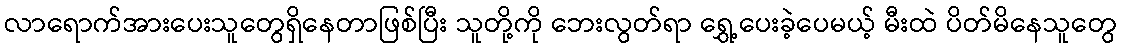
လာရောက်အားပေးသူတွေရှိနေတာဖြစ်ပြီး သူတို့ကို ဘေးလွတ်ရာ ရွှေ့ပေးခဲ့ပေမယ့် မီးထဲ ပိတ်မိနေသူတွေ